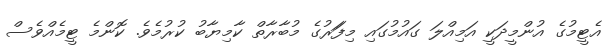
އެޓީމުގެ އުންމީދަކީ އަމިއްލަ ގައުމުގައި މިފަަރުގެ މުބާރާތް ކާމިޔާބު ކުރުމެވެ. ކޮންމެ ޓީމެއްވެސް